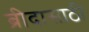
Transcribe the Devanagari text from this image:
ब्रीदासाठी